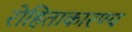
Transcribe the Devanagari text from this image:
रोहिताकारण्य